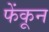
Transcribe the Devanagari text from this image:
फेंकून